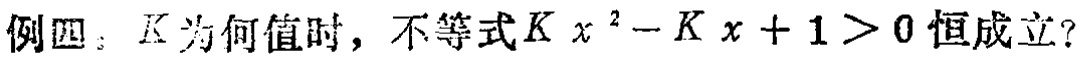
例四：$K$为何值时，不等式$Kx^{2}-Kx + 1>0$恒成立？